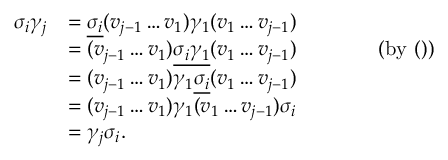
\begin{array} { r l } { \sigma _ { i } \gamma _ { j } } & { = \underline { { \sigma _ { i } } } ( v _ { j - 1 } \ldots v _ { 1 } ) \gamma _ { 1 } ( v _ { 1 } \ldots v _ { j - 1 } ) } \\ & { = ( v _ { j - 1 } \ldots v _ { 1 } ) \underline { { \sigma _ { i } \gamma _ { 1 } } } ( v _ { 1 } \ldots v _ { j - 1 } ) ~ ~ ~ ~ ~ ~ ~ ~ ~ ~ ~ \mathrm { ~ ( b y ~ ( ) ) } } \\ & { = ( v _ { j - 1 } \ldots v _ { 1 } ) \gamma _ { 1 } \underline { { \sigma _ { i } } } ( v _ { 1 } \ldots v _ { j - 1 } ) } \\ & { = ( v _ { j - 1 } \ldots v _ { 1 } ) \gamma _ { 1 } ( v _ { 1 } \ldots v _ { j - 1 } ) \sigma _ { i } } \\ & { = \gamma _ { j } \sigma _ { i } . } \end{array}